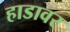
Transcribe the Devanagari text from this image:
हाडावर